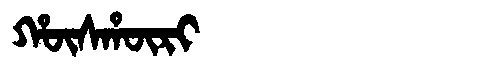
Manchu: ᡥᡡᠰᡥᡡᡵᡳ
Romanization: HŪSHŪRI